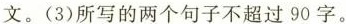
文。(3)所写的两个句子不超过90字。